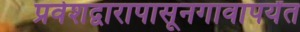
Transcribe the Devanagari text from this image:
प्रवेशद्वारापासूनगावापर्यंत